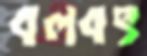
বলবৎ